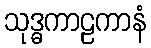
သုဒ္ဓကာဠကာနံ